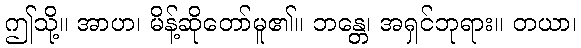
ဤသို့။ အာဟ၊ မိန့်ဆိုတော်မူ၏။ ဘန္တေ၊ အရှင်ဘုရား။ တယာ၊